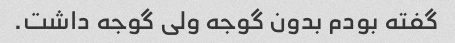
گفته بودم بدون گوجه ولی گوجه داشت.